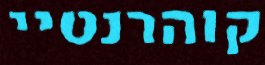
קוהרנטיי